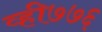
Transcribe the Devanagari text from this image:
व्ही७७६